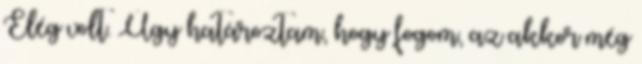
Elég volt. Úgy határoztam, hogy fogom, az akkor még